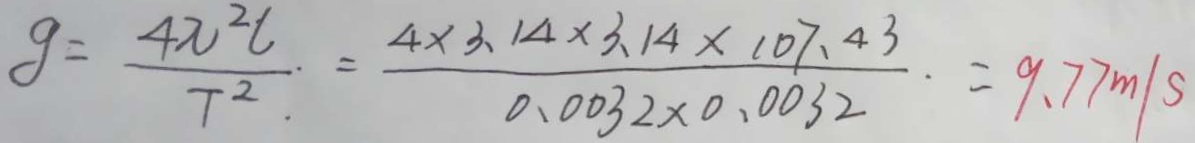
g = \frac { 4 \pi ^ { 2 } l } { T ^ { 2 } } = \frac { 4 \times 3 . 1 4 \times 3 . 1 4 \times 1 0 7 . 4 3 } { 0 . 0 0 3 2 \times 0 . 0 3 2 } = 9 . 7 7 m / s